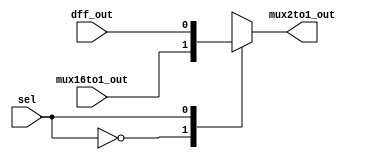
`timescale 1ns / 1ps


module mux2to1( input mux16to1_out, input dff_out , input sel , output reg mux2to1_out
    );
	always@(mux16to1_out or sel or dff_out)
	begin
			case(sel)
				1'b0:mux2to1_out=mux16to1_out;
				1'b1:mux2to1_out=dff_out;
			endcase
	end
endmodule